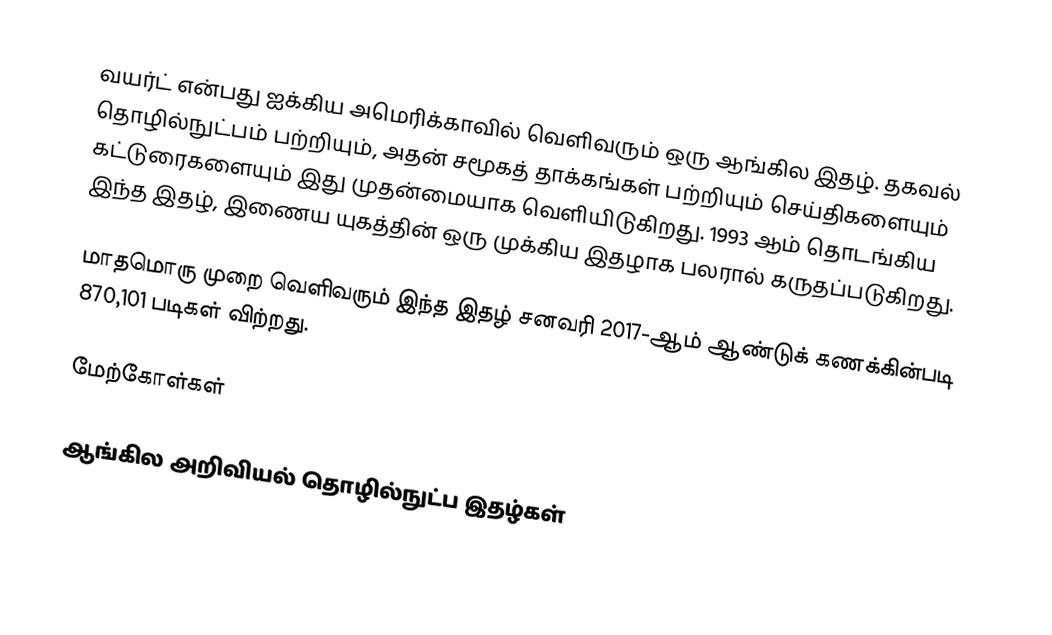
வயர்ட் என்பது ஐக்கிய அமெரிக்காவில் வெளிவரும் ஒரு ஆங்கில இதழ். தகவல் தொழில்நுட்பம் பற்றியும், அதன் சமூகத் தாக்கங்கள் பற்றியும் செய்திகளையும் கட்டுரைகளையும் இது முதன்மையாக வெளியிடுகிறது.  1993 ஆம் தொடங்கிய இந்த இதழ், இணைய யுகத்தின் ஒரு முக்கிய இதழாக பலரால் கருதப்படுகிறது.

மாதமொரு முறை வெளிவரும் இந்த இதழ் சனவரி 2017-ஆம் ஆண்டுக் கணக்கின்படி 870,101 படிகள் விற்றது.

மேற்கோள்கள்

ஆங்கில அறிவியல் தொழில்நுட்ப இதழ்கள்